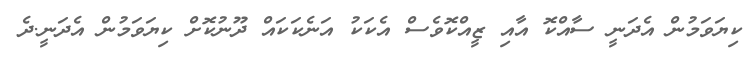
ކިޔަވަމުން އެދަނީ ސާއްކޮ އާއި ޒީއްކޮވެސް އެކަކު އަނެކަކައް ދޫނުކޮށް ކިޔަވަމުން އެދަނީ.ދެ